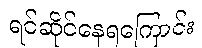
ရင်ဆိုင်နေရကြောင်း